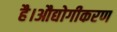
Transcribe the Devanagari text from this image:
है।औद्योगीकरण